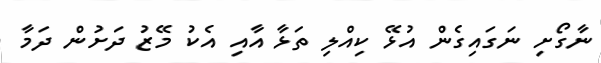
ނާގޯށި ނަގައިގެން އުޅޭ ކިއްލި ތަޅާ އާއި އެކު މޭޒު ދަށުން ދަމާ